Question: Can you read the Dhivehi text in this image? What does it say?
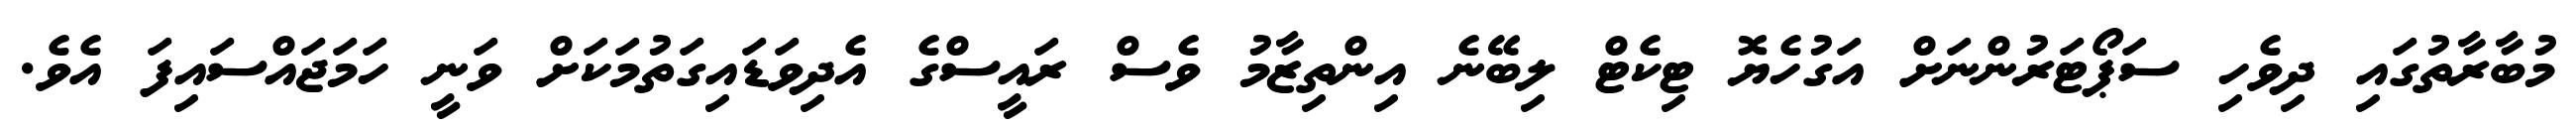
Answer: މުބާރާތުގައި ދިވެހި ސަޕޯޓަރުންނަށް އަގުހެޔޮ ޓިކެޓް ލިބޭނެ އިންތިޒާމު ވެސް ރައީސްގެ އެދިވަޑައިގަތުމަކަށް ވަނީ ހަމަޖައްސައިފަ އެވެ.